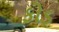
કોડ